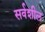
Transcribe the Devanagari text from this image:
सर्वशील